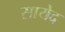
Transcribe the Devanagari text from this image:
सायेद